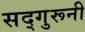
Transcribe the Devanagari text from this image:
सद्गुरूनी